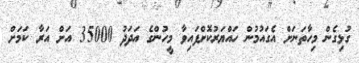
ގުޅިގެން މިހާތަނަށް އެގައުމުން ހައްޔަރުކޮށްފައިވާ މީހުންގެ އަދަދު 35000 އަށް އަރާ ކަމަށް